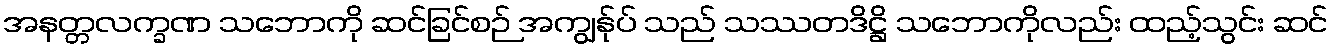
အနတ္တလက္ခဏ သဘောကို ဆင်ခြင်စဉ် အကျွန်ုပ် သည် သဿတဒိဋ္ဌိ သဘောကိုလည်း ထည့်သွင်း ဆင်